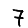
Digit: 7